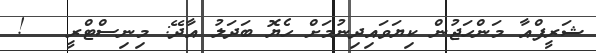
ޝަރީފްއާ މަންހަޖުން ކިޔަވައިދިނުމަށް ހެޔޮ ބަދަލު އާދޭ: މިނިސްޓްރީ   !